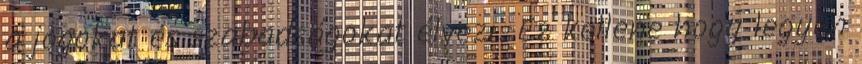
a jogokat és szabadságokat élvezi. Ez kellene hogy legyen